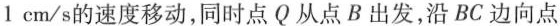
1cm/s的速度移动，同时点Q从点B出发，沿BC边向点